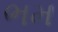
ભમ